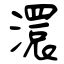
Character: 澴